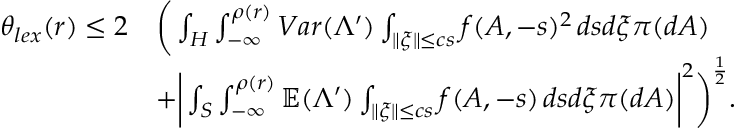
\begin{array} { r l } { \theta _ { l e x } ( r ) \leq 2 } & { \bigg ( \int _ { H } \int _ { - \infty } ^ { \rho ( r ) } V a r ( \Lambda ^ { \prime } ) \int _ { \lVert \xi \rVert \leq c s } f ( A , - s ) ^ { 2 } \, d s d \xi \pi ( d A ) } \\ & { + \bigg | \int _ { S } \int _ { - \infty } ^ { \rho ( r ) } \mathbb { E } ( \Lambda ^ { \prime } ) \int _ { \lVert \xi \rVert \leq c s } f ( A , - s ) \, d s d \xi \pi ( d A ) \bigg | ^ { 2 } \bigg ) ^ { \frac { 1 } { 2 } } . } \end{array}